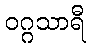
ဝဂ္ဂသာရီ